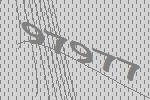
97977